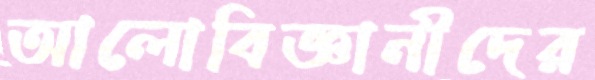
আলোবিজ্ঞানীদের